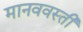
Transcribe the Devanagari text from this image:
मानववस्ती